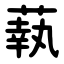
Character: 蓻